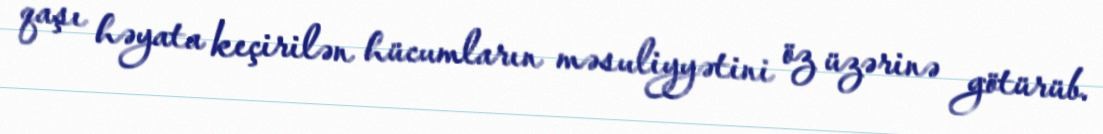
qaşı həyata keçirilən hücumların məsuliyyətini öz üzərinə götürüb.